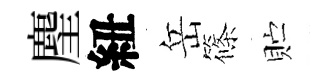
麈紐岳篠贮